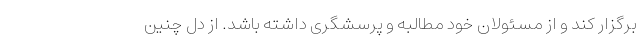
برگزار کند و از مسئولان خود مطالبه و پرسشگری داشته باشد. از دل چنین